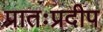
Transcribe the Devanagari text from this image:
प्रातःप्रदीप